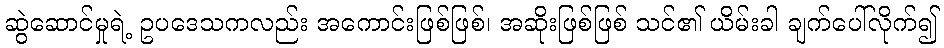
ဆွဲဆောင်မှုရဲ့ ဥပဒေသကလည်း အကောင်းဖြစ်ဖြစ်၊ အဆိုးဖြစ်ဖြစ် သင်၏ ယိမ်းခါ ချက်ပေါ်လိုက်၍